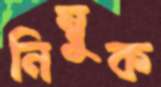
নিম্বুক